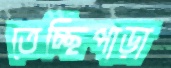
তেচ্ছিপাড়া